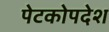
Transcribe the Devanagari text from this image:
पेटकोपदेश